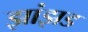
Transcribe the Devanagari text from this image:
झांझड